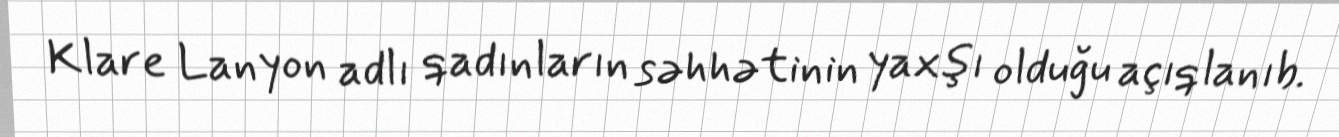
Klare Lanyon adlı qadınların səhhətinin yaxşı olduğu açıqlanıb.